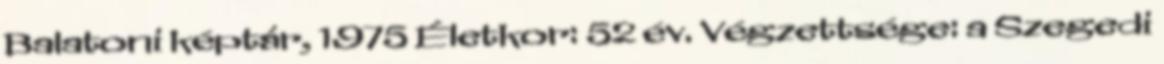
Balatoni képtár, 1975 Életkor: 52 év. Végzettsége: a Szegedi